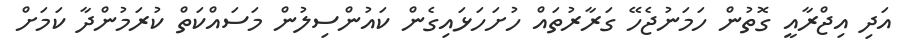
އަދި އިޖްރާއީ ގޮތުން ހަމަނުޖެހޭ ގަރާރުތައް ހުށަހަޅައިގެން ކައުންސިލުން މަސައްކަތް ކުރަމުންދާ ކަމަށް